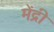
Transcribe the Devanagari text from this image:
मेंद्री